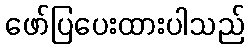
ဖော်ပြပေးထားပါသည်